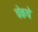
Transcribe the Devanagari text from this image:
चेकचे